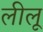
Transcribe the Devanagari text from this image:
लीलू